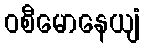
ဝစီမောနေယျံ